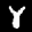
Label: 8